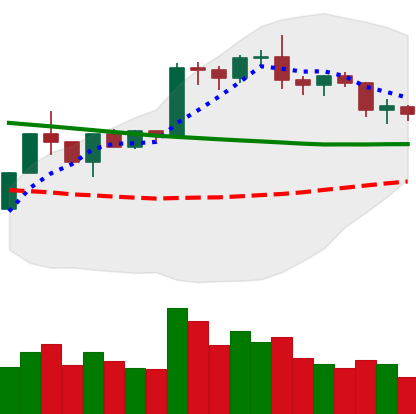
Ticker: BTC-USD
Chart end date: 2020-01-25
Forward return: 13.637%
Label: up_7plus